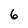
Character: 6